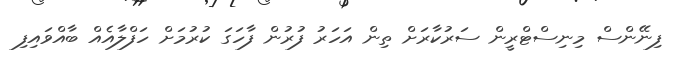
ފިނޭންސް މިނިސްޓްރީން ސަރުކާރަށް ތިން އަހަރު ފުރުން ފާހަގަ ކުރުމަށް ހަފްލާއެއް ބާއްވައިފި